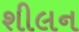
શીલન